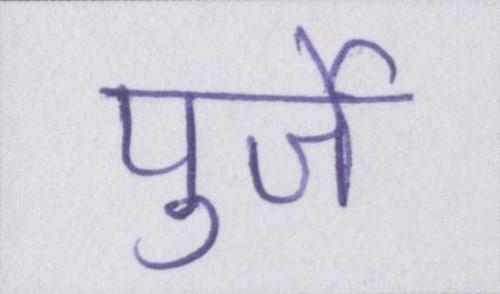
पुर्जे